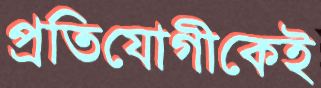
প্রতিযোগীকেই